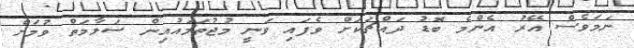
ނަމަވެސް އޭރު އެންމެ ބޮޑު ދައްޗަކަށް ވެފައި ވަނީ މުޖުތަމައުއިން ސަލާމަތް ވުމަށް